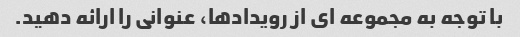
با توجه به مجموعه ای از رویدادها، عنوانی را ارائه دهید.